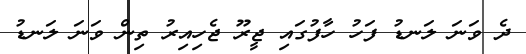
ދެ ވަނަ ލަނޑު ފަހު ހާފުގައި ޖީރޫ ޖެހިއިރު ތިން ވަނަ ލަނޑު